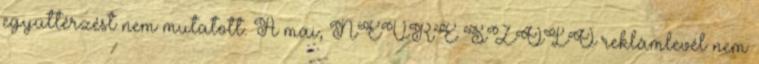
együttérzést nem mutatott. A mai, NÉVRE SZÓLÓ reklámlevél nem